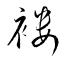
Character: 褸